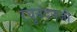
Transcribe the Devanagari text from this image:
रघुनंदनजी